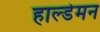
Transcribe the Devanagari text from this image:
हाल्डेमन